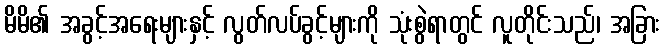
မိမိ၏ အခွင့်အရေးများနှင့် လွတ်လပ်ခွင့်များကို သုံးစွဲရာတွင် လူတိုင်းသည်၊ အခြား